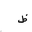
Letter: _za